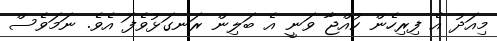
މިއަދު އެ ފިރިހެން ކުއްޖާ ވަނީ އެ ބަލިން ރަނގަޅުވެފަ އެވެ. ނަމަވެސް